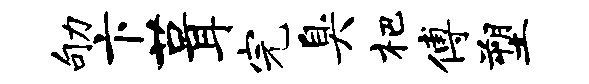
劬卞葺完臭杷傅塑